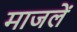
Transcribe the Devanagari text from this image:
माजलें